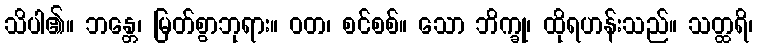
သိပါ၏။ ဘန္တေ၊ မြတ်စွာဘုရား။ ဝတ၊ စင်စစ်။ သော ဘိက္ခု၊ ထိုရဟန်းသည်။ သတ္ထရိ၊